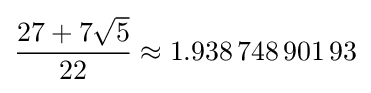
{\frac {27+7{\sqrt {5}}}{22}}\approx 1.938\,748\,901\,93